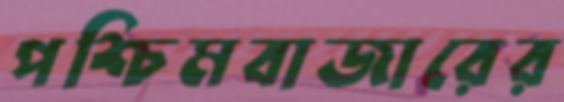
পশ্চিমবাজারের